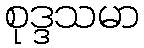
စုဒ္ဒသမာ